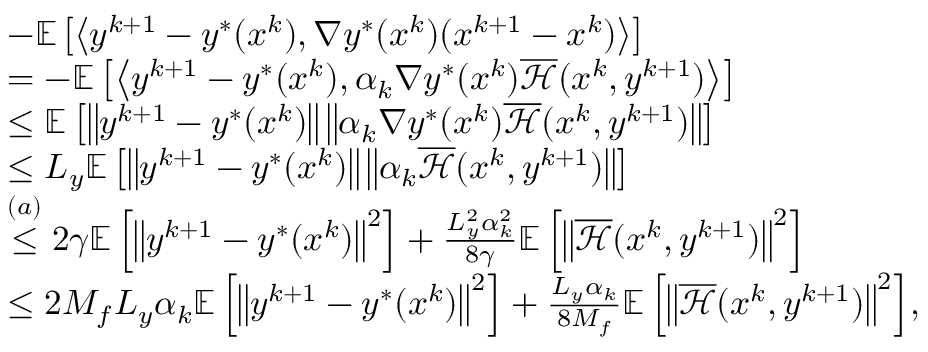
\begin{array} { r l } & { - \mathbb { E } \left[ \left\langle y ^ { k + 1 } - y ^ { * } ( x ^ { k } ) , \nabla y ^ { * } ( x ^ { k } ) ( x ^ { k + 1 } - x ^ { k } ) \right\rangle \right] } \\ & { = - \mathbb { E } \left[ \left\langle y ^ { k + 1 } - y ^ { * } ( x ^ { k } ) , \alpha _ { k } \nabla y ^ { * } ( x ^ { k } ) \overline { { \mathcal { H } } } ( x ^ { k } , y ^ { k + 1 } ) \right\rangle \right] } \\ & { \leq \mathbb { E } \left[ \left\| y ^ { k + 1 } - y ^ { * } ( x ^ { k } ) \right\| \left\| { \alpha _ { k } } \nabla y ^ { * } ( x ^ { k } ) \overline { { \mathcal { H } } } ( x ^ { k } , y ^ { k + 1 } ) \right\| \right] } \\ & { \leq L _ { y } \mathbb { E } \left[ \left\| y ^ { k + 1 } - y ^ { * } ( x ^ { k } ) \right\| \left\| { \alpha _ { k } } \overline { { \mathcal { H } } } ( x ^ { k } , y ^ { k + 1 } ) \right\| \right] } \\ & { \stackrel { ( a ) } { \leq } 2 \gamma \mathbb { E } \left[ \left\| y ^ { k + 1 } - y ^ { * } ( x ^ { k } ) \right\| ^ { 2 } \right] + \frac { L _ { y } ^ { 2 } \alpha _ { k } ^ { 2 } } { 8 \gamma } \mathbb { E } \left[ \left\| \overline { { \mathcal { H } } } ( x ^ { k } , y ^ { k + 1 } ) \right\| ^ { 2 } \right] } \\ & { \leq 2 M _ { f } L _ { y } \alpha _ { k } \mathbb { E } \left[ \left\| y ^ { k + 1 } - y ^ { * } ( x ^ { k } ) \right\| ^ { 2 } \right] + { \frac { L _ { y } \alpha _ { k } } { 8 M _ { f } } \mathbb { E } \left[ \left\| \overline { { \mathcal { H } } } ( x ^ { k } , y ^ { k + 1 } ) \right\| ^ { 2 } \right] } , } \end{array}